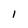
Character: 1